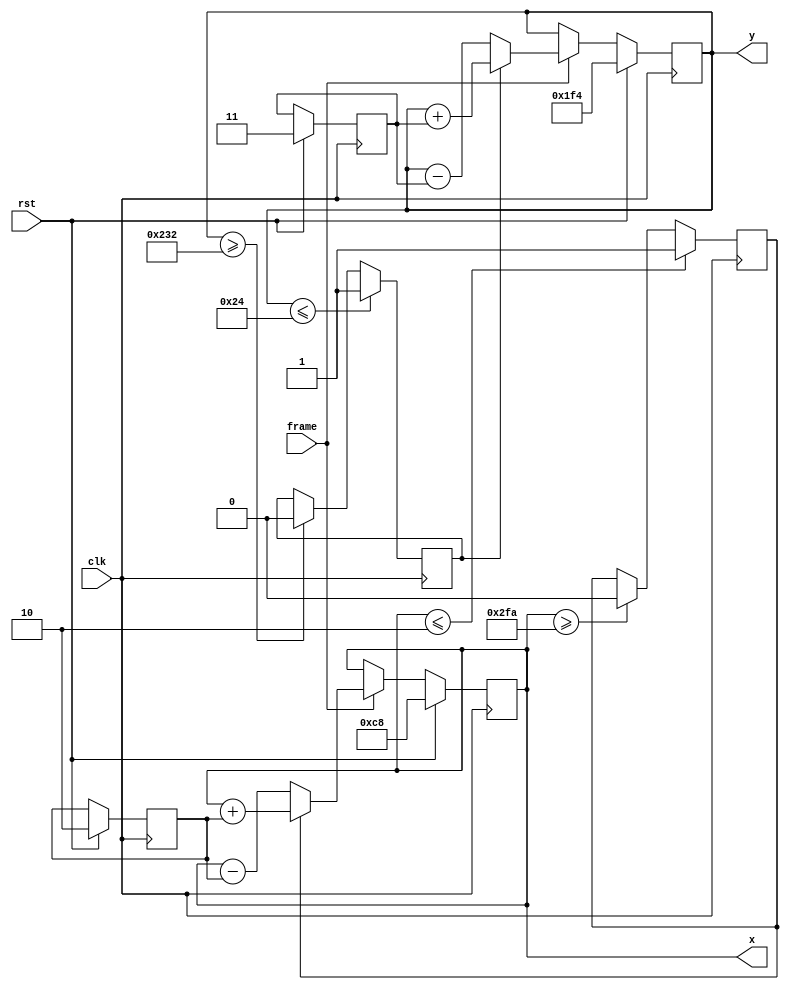
`timescale 1ns / 1ps
//////////////////////////////////////////////////////////////////////////////////
// Company: 
// Engineer: 
// 
// Design Name: 
// Module Name: bullet_move2
// Project Name: 
// Target Devices: 
// Tool Versions: 
// Description: 
// 
// Dependencies: 
// 
// Revision:
// Revision 0.01 - File Created
// Additional Comments:
// 
//////////////////////////////////////////////////////////////////////////////////



module bullet_move2 #(parameter X=200,Y=500)(
        frame,
        clk,
        rst,
        x,
        y
 //       win_rst
//        player_x,
 //       player_y,
 //       over
    );
    input frame;
    input clk;
    input rst;
//    output reg win_rst;
    output reg [10:0]x;
    output reg [9:0]y;
 //   input [9:0]player_x;
 //   input [9:0]player_y;
 //   output wire over;
    
    reg over_reg;
//    assign over=over_reg;
    reg [1:0] v_x;
    reg [1:0] v_y;
    reg sw_x;// 01
    reg sw_y;//01
    
    reg [3:0]tcount;//
    
    always@(negedge clk)
    begin
             if(x<=2)begin sw_x<=1;end
             else if(x>=762)begin sw_x<=0;end
      
             if(y<=36)begin sw_y<=1;end
             else if (y>=562)begin sw_y<=0;end
    
    end
    
    
    always@(posedge clk)
    begin
        if(rst )
        begin
            x<=X;
            y<=Y;
            v_x<=2;
            v_y<=3;
        end
        else if ( frame == 1 ) 
        begin
              if(sw_x==0)x<=x-v_x;
              else x<=x+v_x;
              
              if(sw_y==0)y<=y-v_y;
              else y<=y+v_y;
              
              
        end
    
    end
endmodule